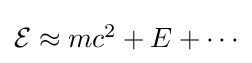
{\textstyle {\mathcal {E}}\approx mc^{2}+E+\cdots }